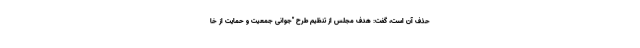
حذف آن است، گفت: هدف مجلس از تنظیم طرح "جوانی جمعیت و حمایت از خا